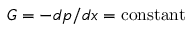
G = - d p / d x = \mathrm { c o n s t a n t }